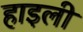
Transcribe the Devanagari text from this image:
हाइली